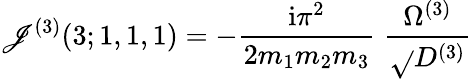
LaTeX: \mathscr{J}^{(3)}(3;1,1,1)=-\frac{{\mathrm{{i}}\pi^{2}}}{{2m_{1}m_{2}m_{3}}}\; \frac{{\Omega^{(3)}}}{{\sqrt{}{{D^{(3)}}}}}